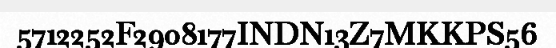
5712252F2908177INDN13Z7MKKPS56